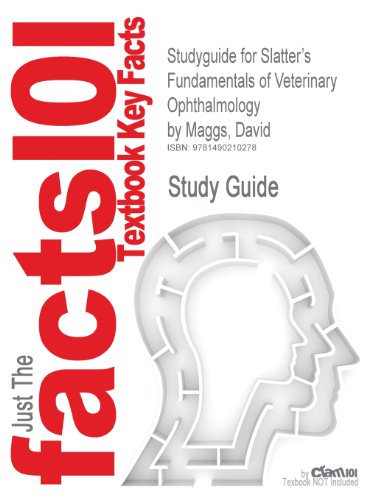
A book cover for Studyguide for Slatter's Fundamentals of Veterinary Ophthalmology by Maggs, David; Cram101 Textbook Reviews; Medical Books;